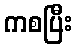
ကစပြီး